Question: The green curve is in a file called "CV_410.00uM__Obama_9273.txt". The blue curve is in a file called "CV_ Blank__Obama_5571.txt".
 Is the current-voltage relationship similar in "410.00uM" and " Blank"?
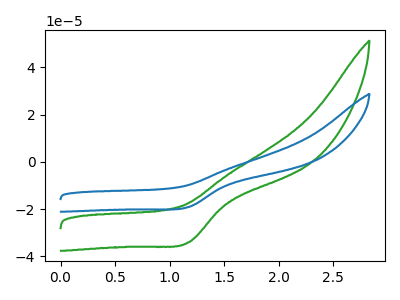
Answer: <think>The green curve "410.00uM" has a cathodic peak at: (1.20V, -34.00uA). The blue curve " Blank" has a cathodic peak at: (1.20V, -19.05uA).
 All the peaks in "410.00uM" have a peak in " Blank" at the same potential. Every peak in "410.00uM" is higher than every peak in " Blank".</think>
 <answer>"410.00uM" and " Blank" are similar in shape.</answer>
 <eval>same_shape</eval>